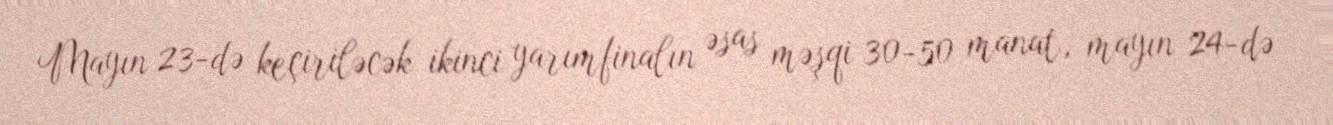
Mayın 23-də keçiriləcək ikinci yarımfinalın əsas məşqi 30-50 manat, mayın 24-də